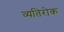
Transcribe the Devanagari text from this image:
व्यतिरोक